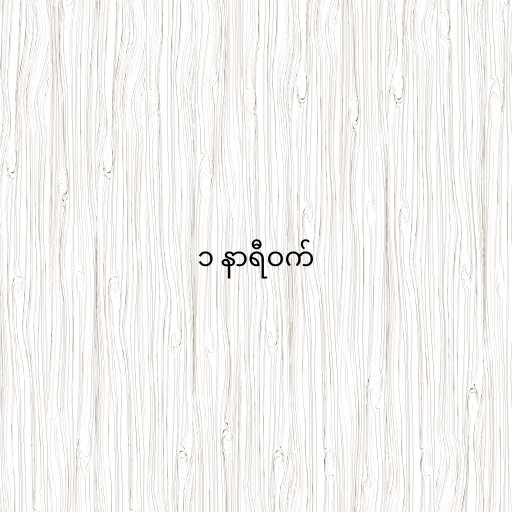
၁ နာရီဝက်